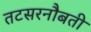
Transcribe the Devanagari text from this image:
तटसरनौबती